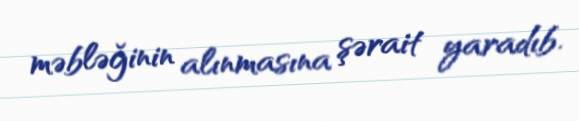
məbləğinin alınmasına şərait yaradıb.